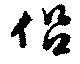
侶